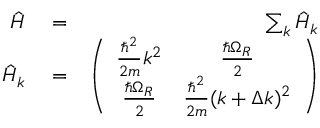
\begin{array} { r l r } { \hat { H } } & { { } = } & { \sum _ { k } \hat { H } _ { k } } \\ { \hat { H } _ { k } } & { { } = } & { \left( \begin{array} { c c } { \frac { \hbar ^ { 2 } } { 2 m } k ^ { 2 } } & { \frac { \hbar \Omega _ { R } } { 2 } } \\ { \frac { \hbar \Omega _ { R } } { 2 } } & { \frac { \hbar ^ { 2 } } { 2 m } ( k + \Delta k ) ^ { 2 } } \end{array} \right) } \end{array}